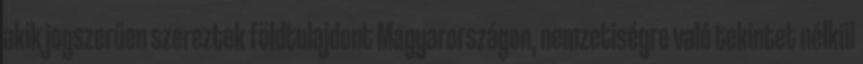
akik jogszerűen szereztek földtulajdont Magyarországon, nemzetiségre való tekintet nélkül